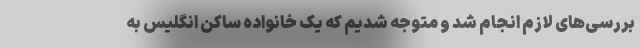
بررسی‌های لازم انجام شد و متوجه شدیم که یک خانواده ساکن انگلیس به